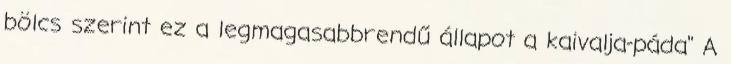
bölcs szerint ez a legmagasabbrendű állapot a kaivalja-páda" A